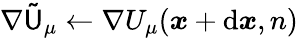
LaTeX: \nabla\mathsf{\tilde{U}}_{\mu}\gets\nabla U_{\mu}({\boldsymbol{x}}+\mathrm{d}{\boldsymbol{x}},n)